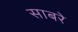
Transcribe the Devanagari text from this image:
साबरे